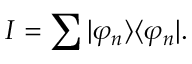
I = \sum | \varphi _ { n } \rangle \langle \varphi _ { n } | .